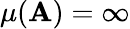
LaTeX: \mu(\mathbf{A})=\infty